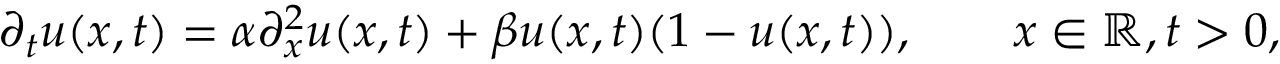
\partial _ { t } u ( x , t ) = \alpha \partial _ { x } ^ { 2 } u ( x , t ) + \beta u ( x , t ) ( 1 - u ( x , t ) ) , \qquad x \in \mathbb { R } , t > 0 ,